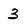
Character: 3